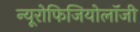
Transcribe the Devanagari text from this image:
न्यूरोफिजियोलॉजी